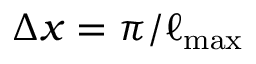
\Delta x = \pi / \ell _ { \mathrm { m a x } }